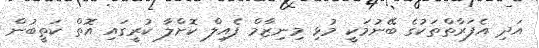
އަދި އެފަރާތްތަކުގެ ބޭނުމަކީ މުޅި މިނިޒާމް ފެއިލް ކޮށްލާ ކުރީގައި އޮތް ކަތީބުން